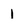
Character: 1